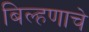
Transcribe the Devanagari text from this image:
बिल्हणाचे